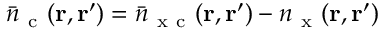
\bar { n } _ { \mathrm { ~ c ~ } } ( \ensuremath { \mathbf { r } } , \ensuremath { \mathbf { r } } ^ { \prime } ) = \bar { n } _ { \mathrm { ~ x ~ c ~ } } ( \ensuremath { \mathbf { r } } , \ensuremath { \mathbf { r } } ^ { \prime } ) - n _ { \mathrm { ~ x ~ } } ( \ensuremath { \mathbf { r } } , \ensuremath { \mathbf { r } } ^ { \prime } )